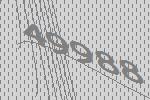
49988